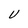
Character: U